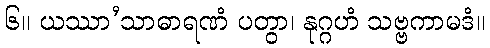
၆။ ယဿာ’သာဓာရဏံ ပတွာ၊ နုဂ္ဂဟံ သဗ္ဗကာမဒံ။